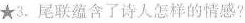
★3.尾联蕴含了诗人怎样的情感?